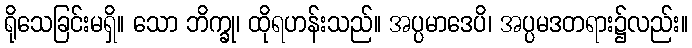
ရိုသေခြင်းမရှိ။ သော ဘိက္ခု၊ ထိုရဟန်းသည်။ အပ္ပမာဒေပိ၊ အပ္ပမဒတရား၌လည်း။